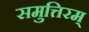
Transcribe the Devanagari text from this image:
समुत्तिरम्